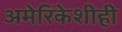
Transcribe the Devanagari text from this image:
अमेरिकेशीही